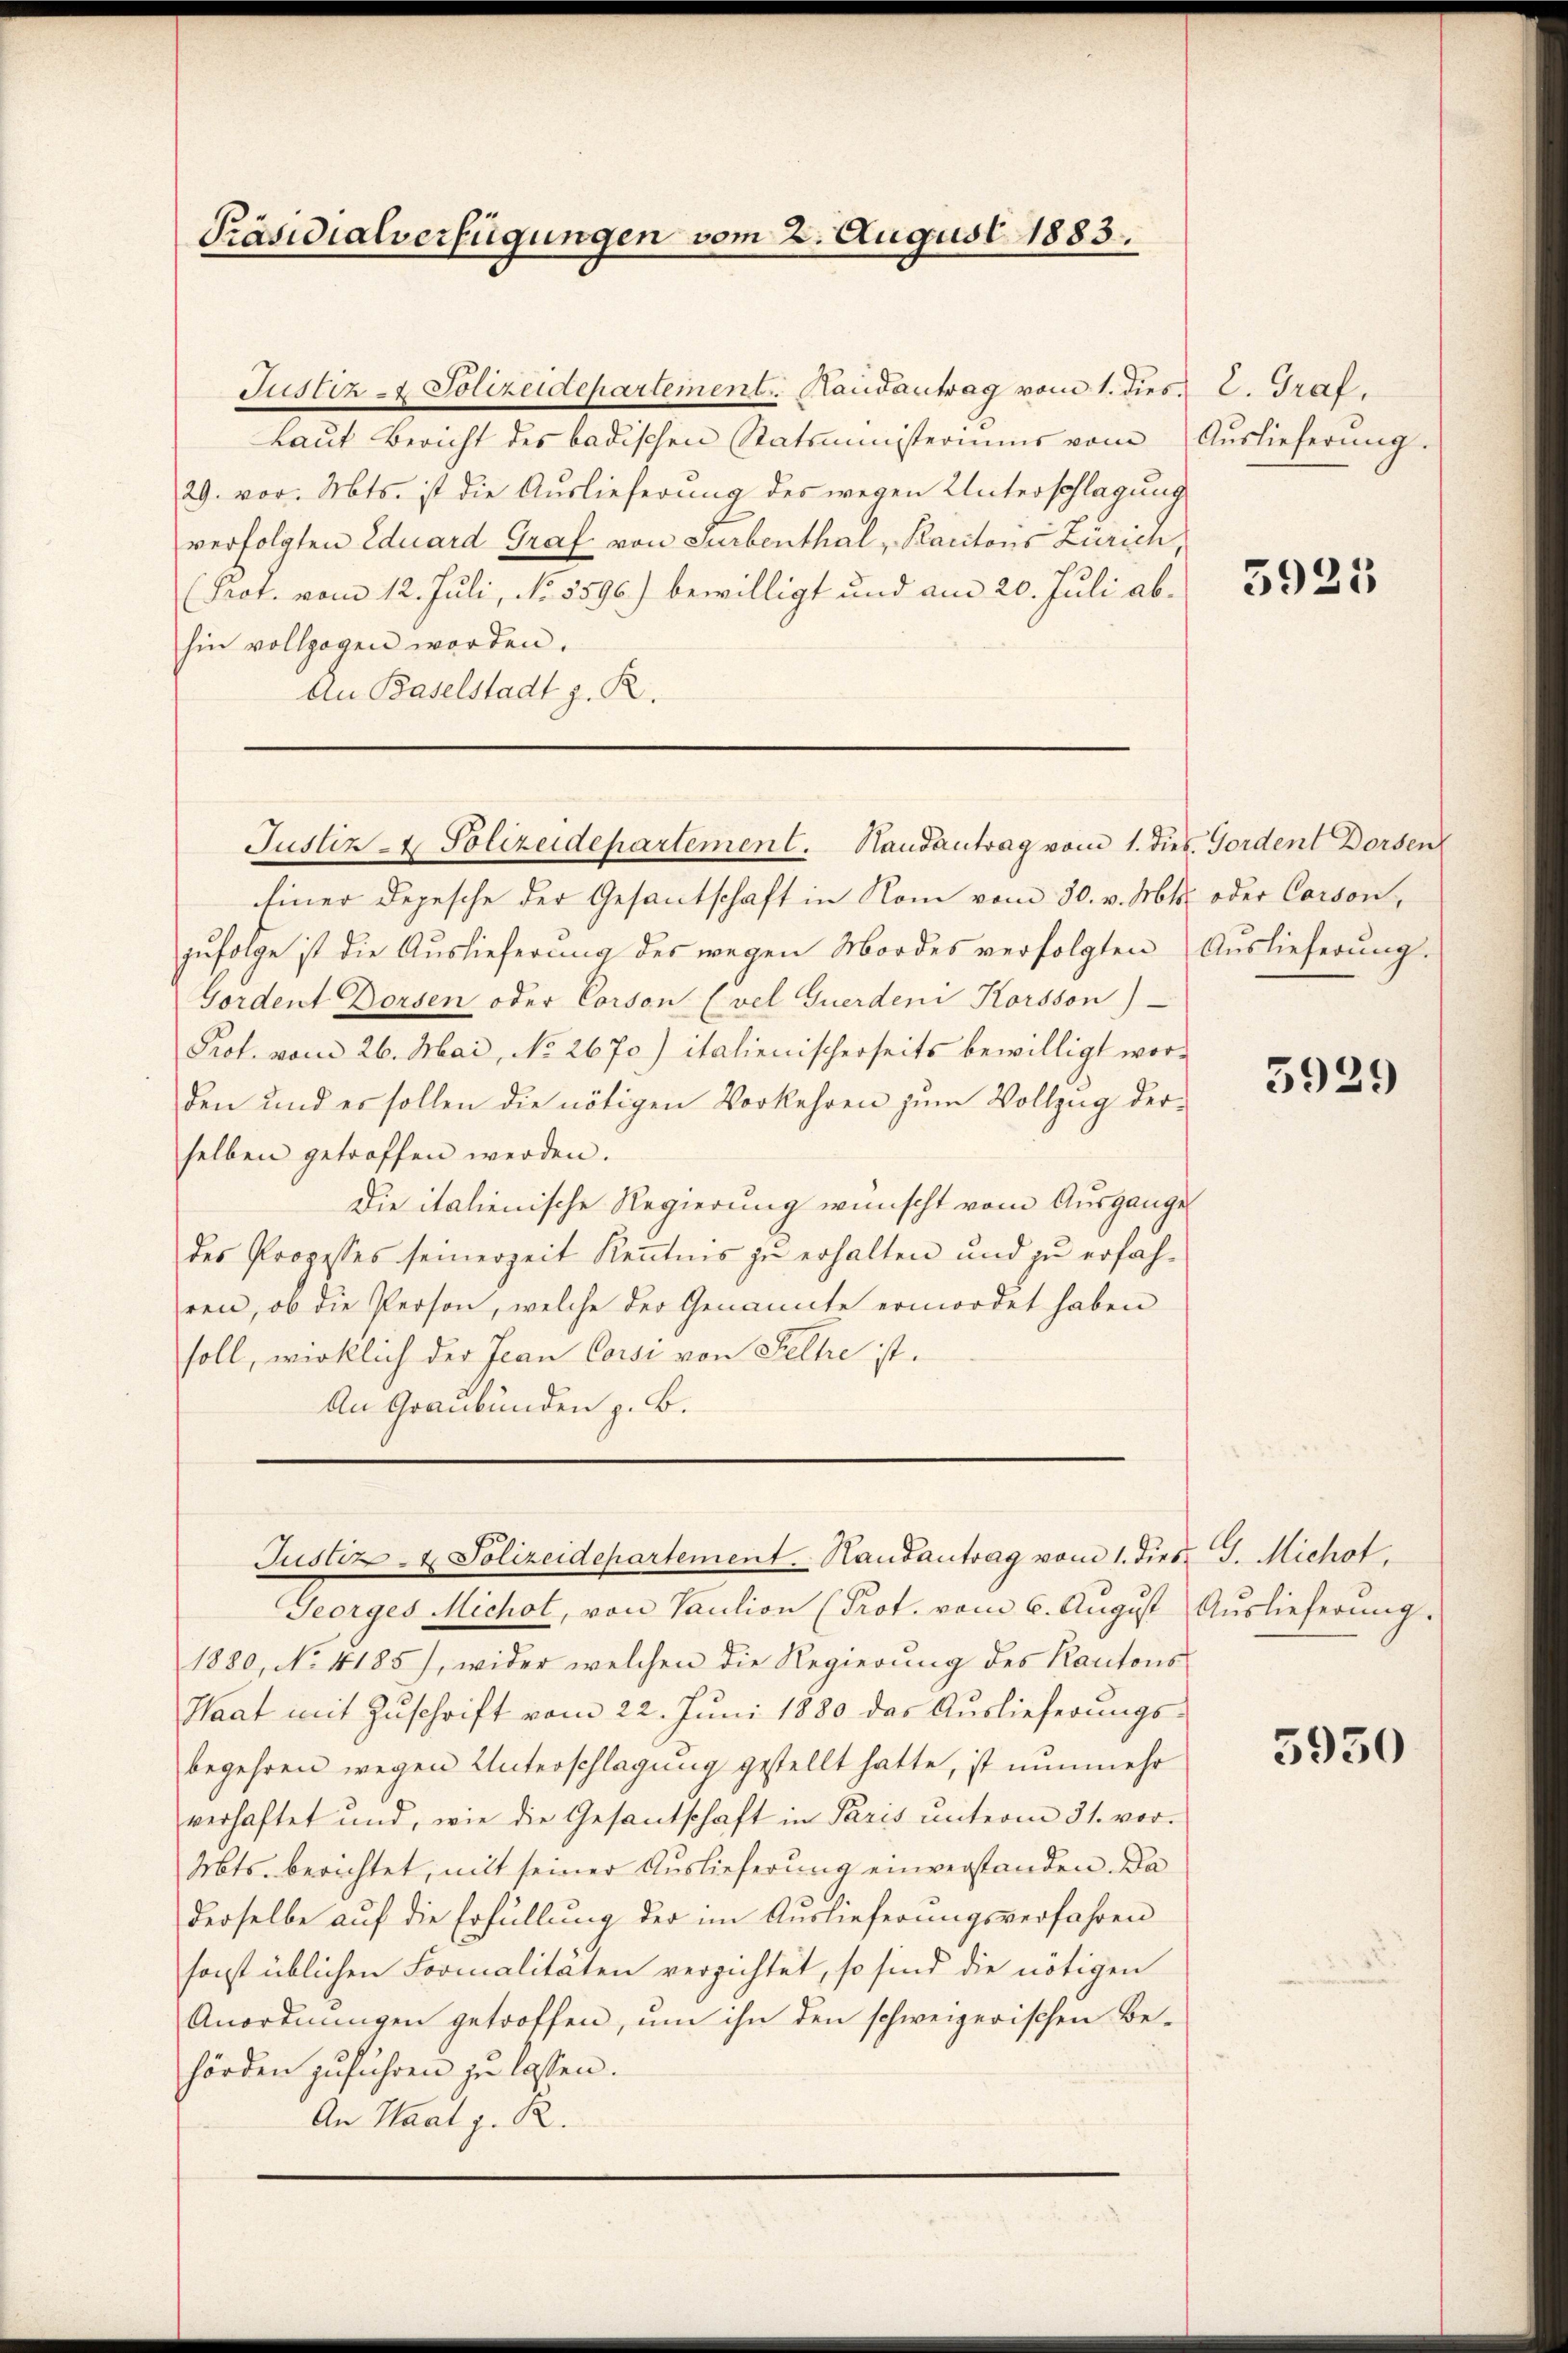
Präsidialverfügungen vom 2. August 1883.

Justiz & Polizeidepartement. Handantrag vom 1. dies
Laŭt Bericht des badischen Ratsministeriums vom Auslieferŭng.
29. vor. Mts. ist die Auslieferung des wegen Unterschlagung
verfolgten Eduard Graf von Surbenthal, Karitons Zürich,
(Prot. vom 12. Juli, No. 8596) bewilligt und am 20. Juli abhin vollzogen worden.
An Baselstadt z. R.

Justiz- & Polizeidepartement. Handantrag vom 1. dies. Gordent Dorsen

Einer Depesche der Gesantschaft in Rom vom 30. v. Mts. oder Corson,
zufolge ist die Auslieferung des wegen Mordes verfolgten Auslieferung.
Gordent Dorsen oder Corson (vel Guerden Korsson)
Prot. vom 26. Mai, No 2670) italienischerseits bewilligt wor-
den und es sollen die nötigen Vorkehren zum Vollzug derselben getroffen werden.
Die italienische Regierung wünscht vom Ausgange
des Prozesses seinerzeit Kenntnis zu erhalten und zu erfahren, ob die Person, welche der Genannte ermordet haben
soll, wirklich der Jean Corsi von Selle ist.
An Graubünden z. B.

Justiz- & Polizeidepartement. Haŭsantrag vom 1. dies. G. Michot

Georges Michol, von Vaŭtion (Prot. vom 6. August Auslieferŭng.
1880, No. 4185), wider welchen die Regierung des Kantons
Haat mit Zŭschrift vom 22. Juni 1880 das Auslieferungs-
begehren wegen Unterschlagung gestellt hatte, ist nunmehr
verhaftet und, wie die Gesantschaft in Paris unterm 31. vor¬
Mts. berichtet, mit seiner Auslieferung einverstanden. Da
derselbe auf die Erfüllung der im Auslieferungsverfahren
sonst üblichen Formalitäten verzichtet, so sind die nötigen
Anordnungen getroffen, um ihn den schweizerischen Behörden zuführen zu lassen.
An Haat z. B.

L. Graf.

3925

5929

5950